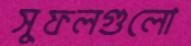
সুফলগুলো